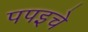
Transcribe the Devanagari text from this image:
पपइचे